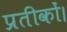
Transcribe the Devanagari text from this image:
प्रतीकों।